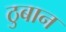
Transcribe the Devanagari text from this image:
ठुबान